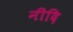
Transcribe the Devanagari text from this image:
नीदि